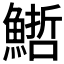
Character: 𩺢